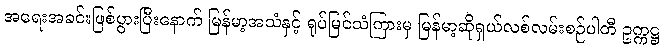
အရေးအခင်းဖြစ်ပွားပြီးနောက် မြန်မာ့အသံနှင့် ရုပ်မြင်သံကြားမှ မြန်မာ့ဆိုရှယ်လစ်လမ်းစဉ်ပါတီ ဥက္ကဋ္ဌ